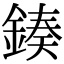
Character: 𨨯